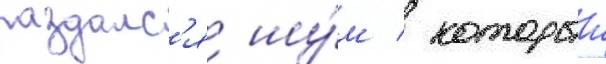
раздалс'я шу́м / которыи